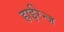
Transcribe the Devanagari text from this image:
हाईरेन्ज